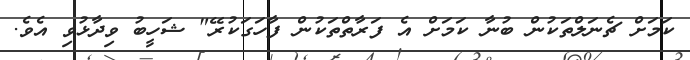
ކަމަށް ޗެނަލްތަކުން ބުނާ ކަމަށް އެ ފަރާތްތަކުން ފާހަގަކުރޭ" ޝަހީބު ވިދާޅުވި އެވެ.